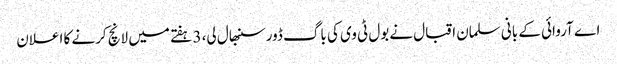
اے آروائی کے بانی سلمان اقبال نےبول ٹی وی کی باگ ڈورسنبھال لی، 3 ہفتے میں لانچ کرنے کا اعلان